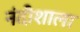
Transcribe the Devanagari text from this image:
नंदीशाला